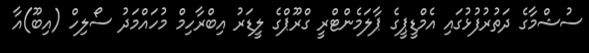
ސުޝްމާގެ ދަތުރުފުޅުގައި އެމްޑީޕީގެ ޕާލަމެންޓްރީ ގްރޫޕްގެ ލީޑަރު އިބްރާހިމް މުހައްމަދު ސޯލިހް (އިބޫ)އާ